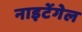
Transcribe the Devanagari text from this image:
नाइटेंगेल